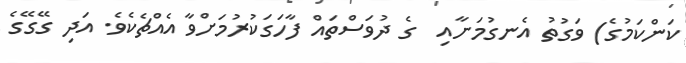
ކަންކަމުގެ) ވަގުތު އެނގުމަށާއި  ގެ ދުވަސްތައް ފާހަގަކުރުމަށްވާ އެއްޗެކެވެ. އަދި ގޭގޭގެ